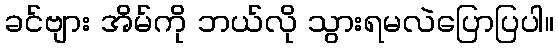
ခင်ဗျား အိမ်ကို ဘယ်လို သွားရမလဲပြောပြပါ။